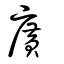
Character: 廣